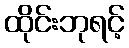
ထိုင်းဘုရင့်